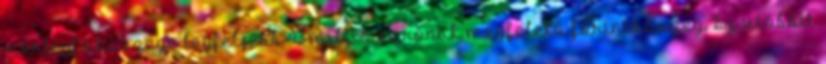
mérlegfőösszege legfeljebb 43 millió eurónak megfelelő forintösszeg. Ez utóbbit